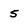
Character: 5